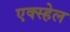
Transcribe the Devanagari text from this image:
एक्स्हेल